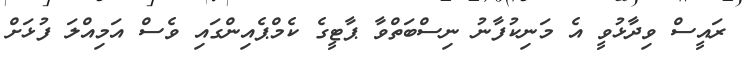
ރައީސް ވިދާޅުވީ އެ މަނިކުފާނު ނިސްބަތްވާ ޕާޓީގެ ކެމްޕެއިންގައި ވެސް އަމިއްލަ ފުޅަށް